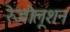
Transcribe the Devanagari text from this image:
रेजोलूशन